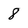
Character: 8